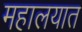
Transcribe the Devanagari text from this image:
महालयात